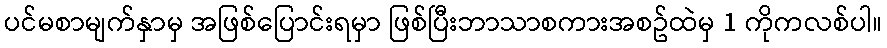
ပင်မစာမျက်နှာမှ အဖြစ်ပြောင်းရမှာ ဖြစ်ပြီးဘာသာစကားအစဥ်ထဲမှ 1 ကိုကလစ်ပါ။